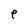
Character: e